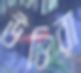
উভিরা